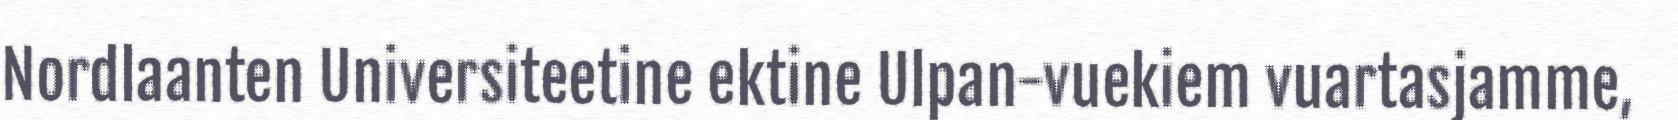
Nordlaanten Universiteetine ektine Ulpan-vuekiem vuartasjamme,